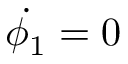
\dot { \phi _ { 1 } } = 0